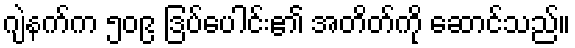
ဂျဲနက်က ၅၀၉ ဒြပ်ပေါင်း၏ အတိတ်ကို ဆောင်သည်။